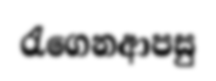
රැගෙනආපසු